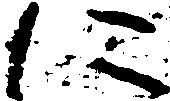
に